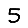
Digit: 5